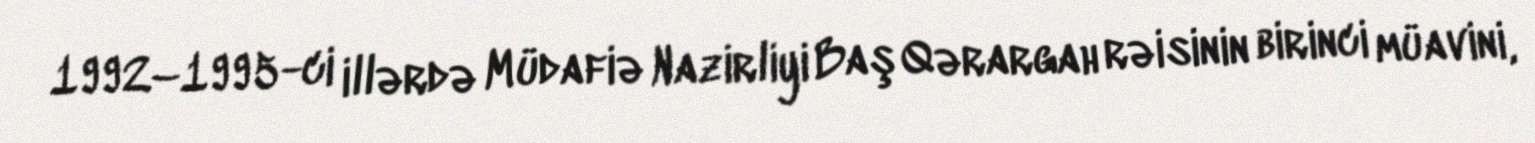
1992–1995-ci illərdə Müdafiə Nazirliyi Baş Qərargah rəisinin birinci müavini,